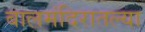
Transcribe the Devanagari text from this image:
बालमंदिरातल्या